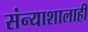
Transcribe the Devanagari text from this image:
संन्याशालाही